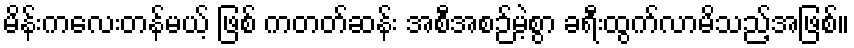
မိန်းကလေးတန်မယ့် ဖြစ် ကတတ်ဆန်း အစီအစဉ်မဲ့စွာ ခရီးထွက်လာမိသည့်အဖြစ်။